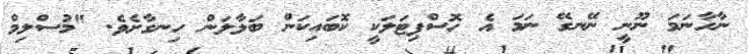
ނާހާނަމަ ނޫނީ ނޭނގޭ ނަމަ އެ ހޮސްޕިޓަލަކީ ކޮބައިކަން ބަލާލަން ހިނގާށެވެ. "މުސްލިމް